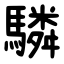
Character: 驎